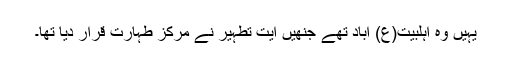
یہیں وہ اہلبیت(ع) آباد تھے جنھیں آیت تطہیر نے مرکز طہارت قرار دیا تھا۔